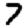
Digit: 7